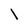
Character: l